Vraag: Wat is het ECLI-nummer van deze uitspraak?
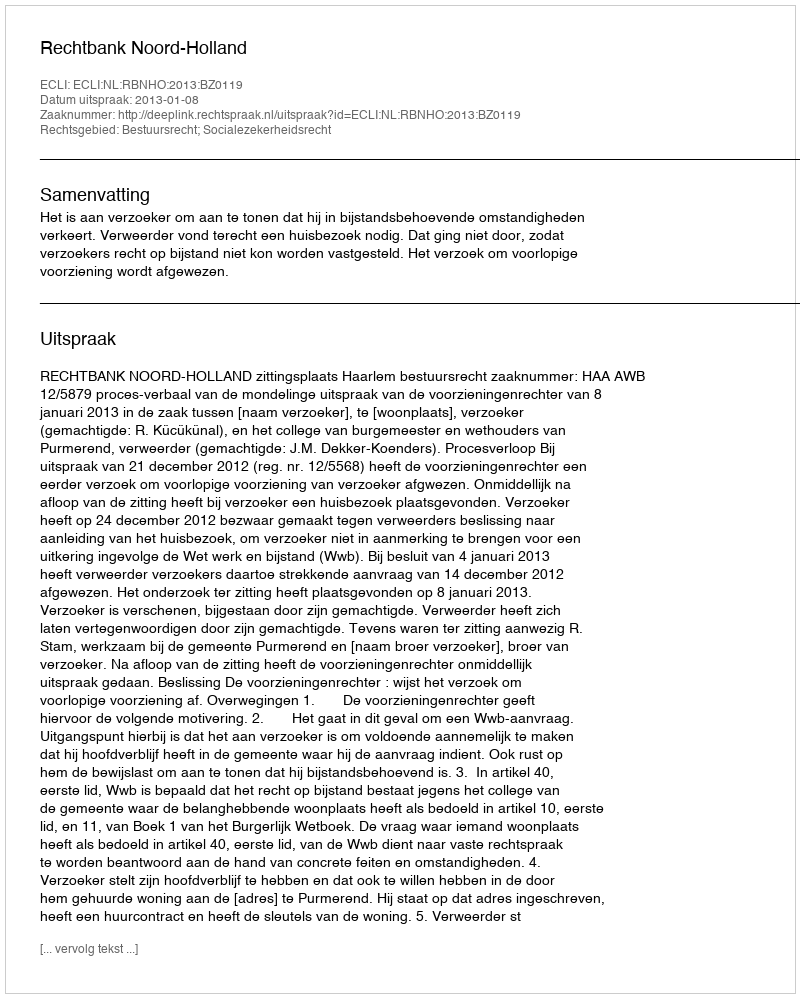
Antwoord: ECLI:NL:RBNHO:2013:BZ0119